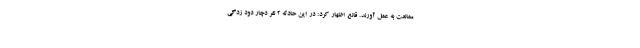
ممانعت به عمل آورند. قانع اظهار کرد: در این حادثه ۲ نفر دچار دود زدگی